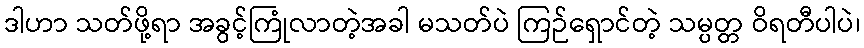
ဒါဟာ သတ်ဖို့ရာ အခွင့်ကြုံလာတဲ့အခါ မသတ်ပဲ ကြဉ်ရှောင်တဲ့ သမ္ပတ္တ ဝိရတီပါပဲ၊